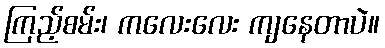
ကြည့်စမ်း၊ ကလေးလေး ကျနေတာပဲ။